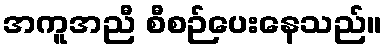
အကူအညီ စီစဉ်ပေးနေသည်။